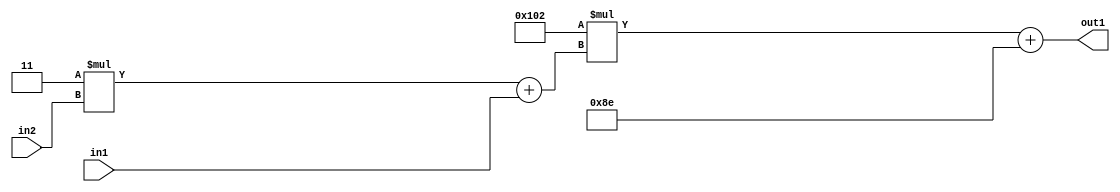
`timescale 1ps / 1ps
/*****************************************************************************
    Verilog RTL Description
    
    
    Created by: Stratus DpOpt 2019.1.01 
*******************************************************************************/

module DC_Filter_Add2i142Mul2i258Add2u1Mul2i3u2_1 (
	in2,
	in1,
	out1
	); /* architecture "behavioural" */ 
input [1:0] in2;
input  in1;
output [11:0] out1;
wire [11:0] asc001;
wire [3:0] asc002;

wire [3:0] asc002_tmp_0;
assign asc002_tmp_0 = 
	+(4'B0011 * in2);
assign asc002 = asc002_tmp_0
	+(in1);

wire [11:0] asc001_tmp_1;
assign asc001_tmp_1 = 
	+(12'B000100000010 * asc002);
assign asc001 = asc001_tmp_1
	+(12'B000010001110);

assign out1 = asc001;
endmodule

/* CADENCE  v7X1SA0= : u9/ySgnWtBlWxVPRXgAZ4Og= ** DO NOT EDIT THIS LINE ******/